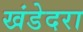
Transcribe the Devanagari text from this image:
खंडेदरा